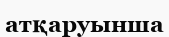
атқаруынша